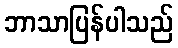
ဘာသာပြန်ပါသည်